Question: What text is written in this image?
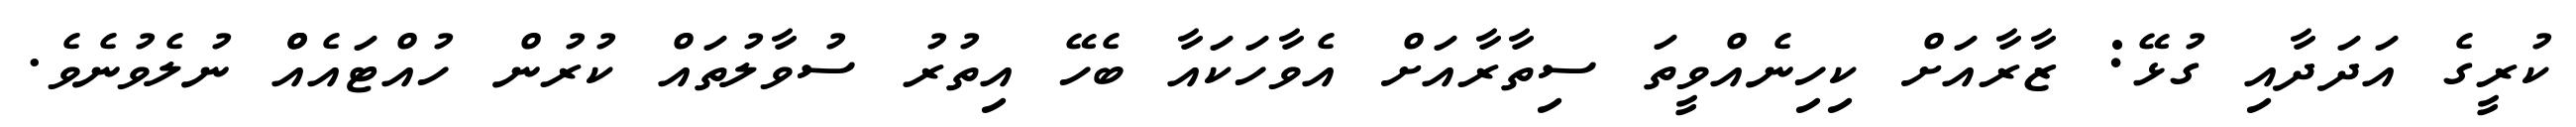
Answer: ކުރީގެ އަދަދާއި ގުޅޭ: ޒާރާއަށް ކިހިނެއްވީތަ ސިތާރާއަށް އެވާހަކައާ ބެހޭ އިތުރު ސުވާލުތައް ކުރުން ހުއްޓައެއްް ނުލެވުނެވެ.